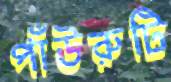
পাঁউরুটি